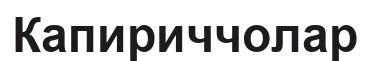
Капириччолар